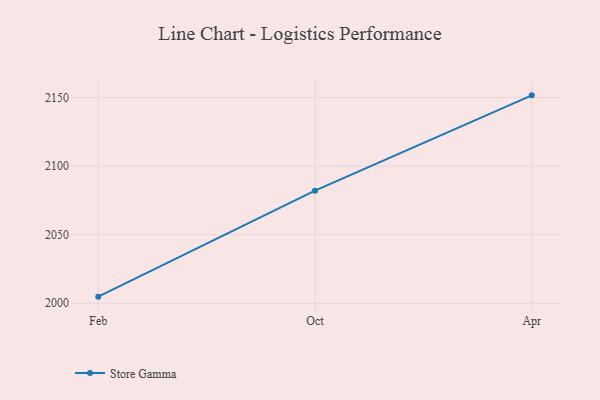
{"axis": {"x": "Month", "y": "Headcount"}, "legend": ["Store Gamma"], "data": [{"x": "Feb", "y": 2004.8, "type": "Store Gamma"}, {"x": "Oct", "y": 2082.1, "type": "Store Gamma"}, {"x": "Apr", "y": 2151.6, "type": "Store Gamma"}]}